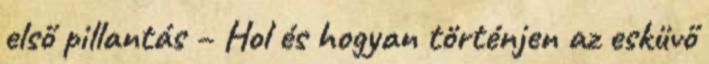
első pillantás – Hol és hogyan történjen az esküvő